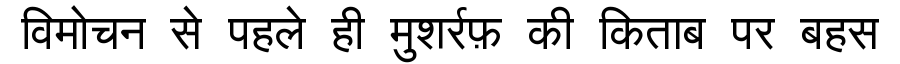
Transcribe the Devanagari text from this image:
विमोचन से पहले ही मुशर्रफ़ की किताब पर बहस